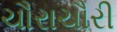
ચૌરાચૌરી